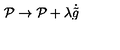
{ \cal P } \rightarrow { \cal P } + \lambda \dot { \tilde { g } }